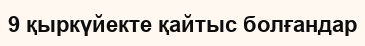
9 қыркүйекте қайтыс болғандар